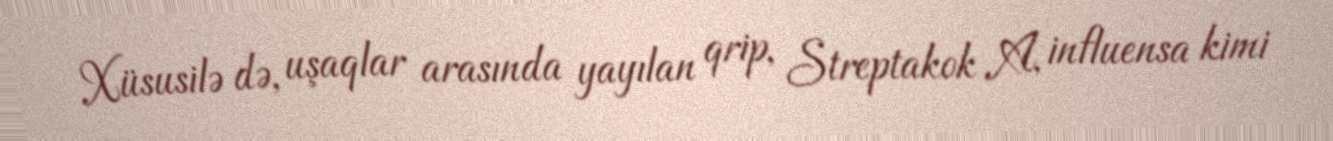
Xüsusilə də, uşaqlar arasında yayılan qrip, Streptakok A, influensa kimi